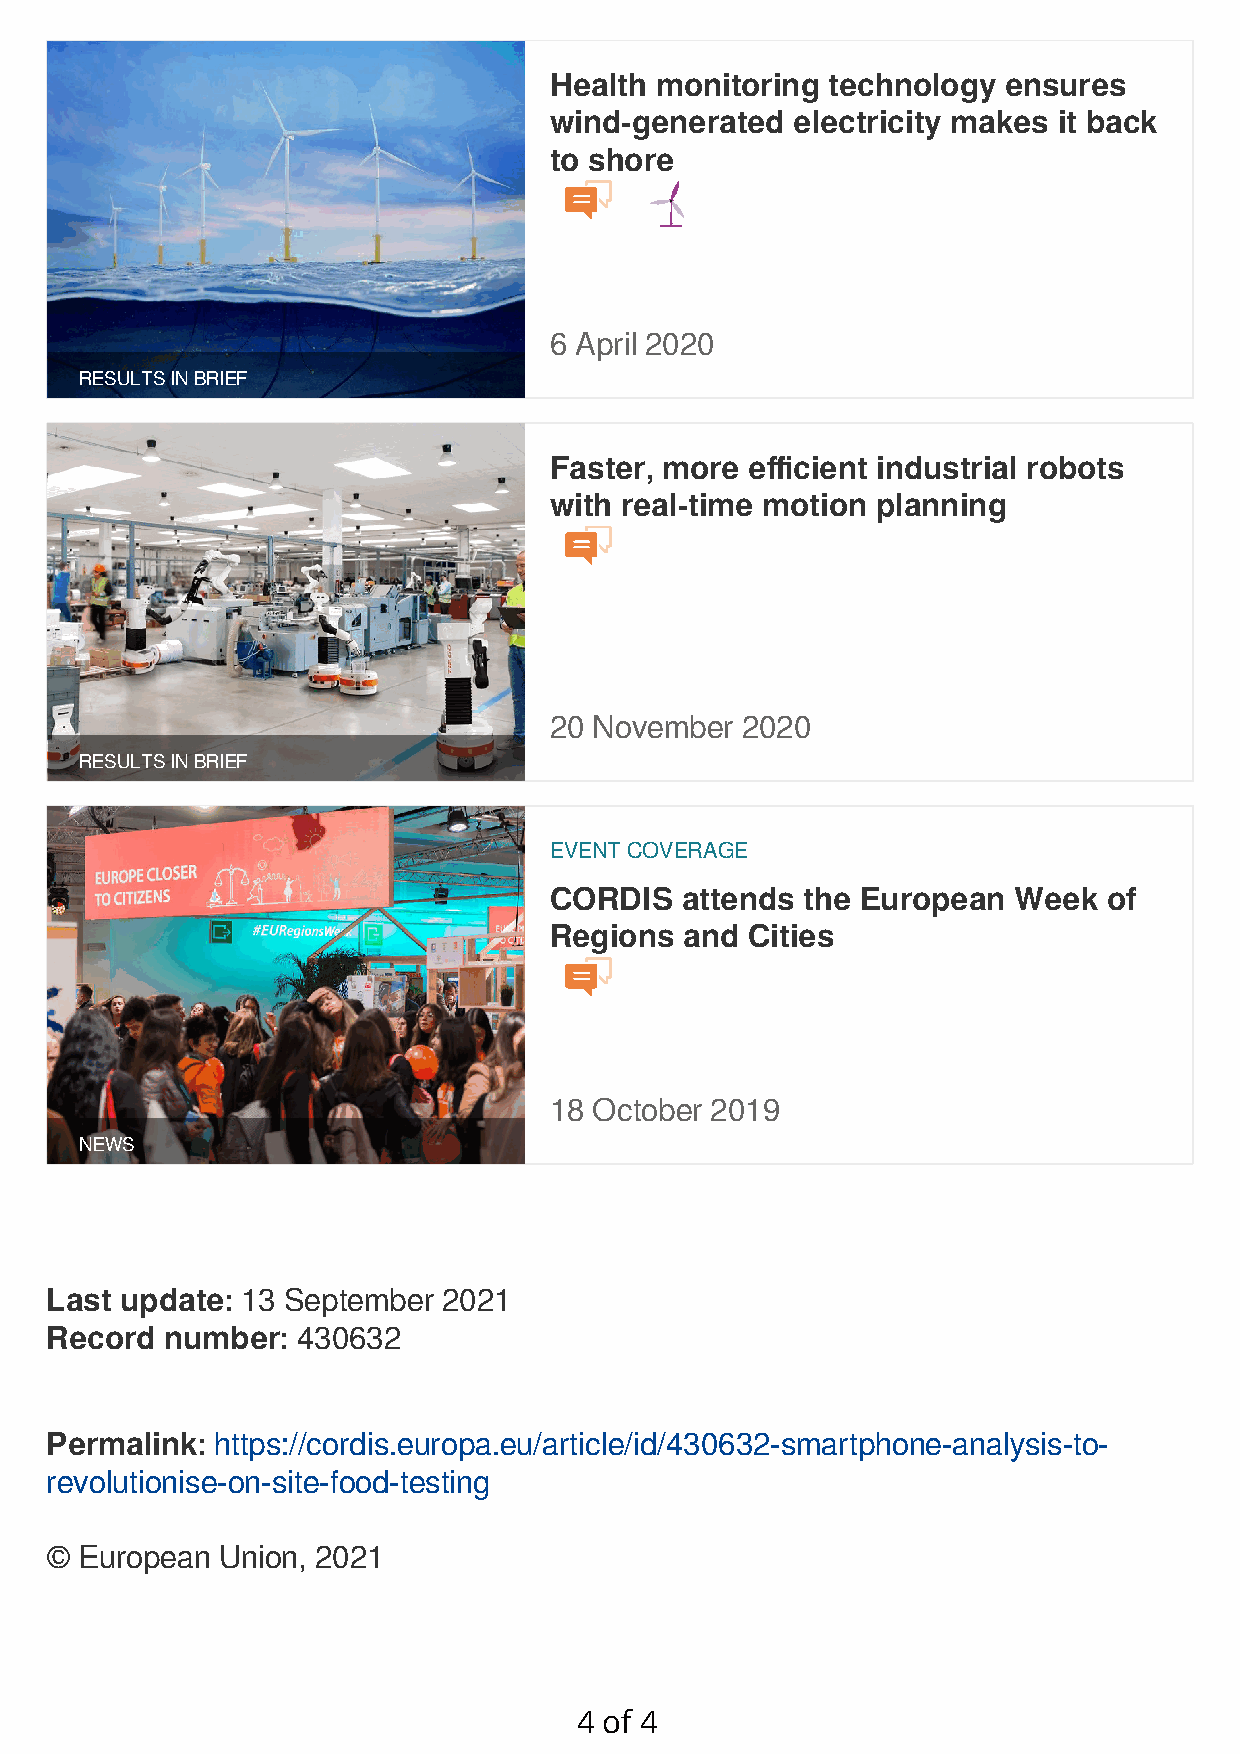
Health monitoring  technology ensures
 wind-generated   electricity makes it back
 to shore
 6 April 2020
 RESULTS IN BRIEF
 Faster, more  efficient industrial robots
 with real-time motion planning
 20 November  2020
 RESULTS IN BRIEF
 EVENT COVERAGE
 CORDIS   attends the European  Week  of
 Regions  and Cities
 18 October 2019
 NEWS
 Last update: 13 September 2021
 Record  number:  430632
 Permalink: https://cordis.europa.eu/article/id/430632-smartphone-analysis-to-
 revolutionise-on-site-food-testing
 © European Union, 2021
 4 of 4